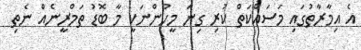
އެ އިމާރާތުގައި މަސައްކަތް ކުރި ގިނަ މީހުންނަކީ މާ ބޮޑު ތަމްރީނެއް ނެތި